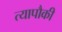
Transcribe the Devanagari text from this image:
त्यापौकी